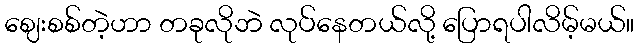
ဈေးစစ်တဲ့ဟာ တခုလိုဘဲ လုပ်နေတယ်လို့ ပြောရပါလိမ့်မယ်။